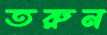
তরুন